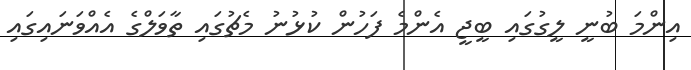
އިންމަ ބުނީ ލީގުގައި ބީޖީ އެންމެ ފަހުން ކުޅުނު މެޗުގައި ތާވަލްގެ އެއްވަނައިގައި